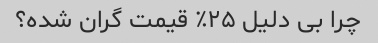
چرا بی دلیل ۲۵٪ قیمت گران شده؟